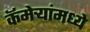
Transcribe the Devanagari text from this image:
कॅमेऱ्यांमध्ये